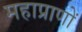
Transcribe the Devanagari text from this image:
महाप्राणों